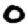
Digit: 0